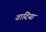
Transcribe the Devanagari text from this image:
वादियां